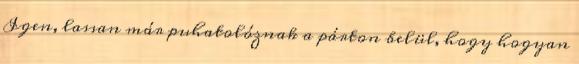
Igen, lassan már puhatolóznak a párton belül, hogy hogyan